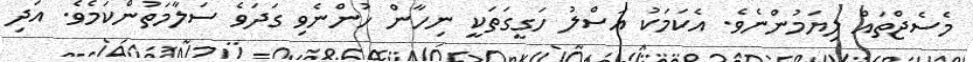
މެސެޖްތައް ލިޔަމުންނެވެ. އެކަމަކު އަސްލު ހަގީގަތަކީ ނިހާން ހުންނެވި ގަދަވެ ސަލާމަތުންކަމެވެ. އަދި